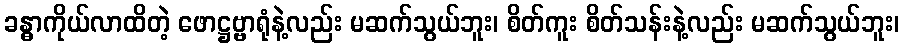
ခန္ဓာကိုယ်လာထိတဲ့ ဖောဋ္ဌဗ္ဗာရုံနဲ့လည်း မဆက်သွယ်ဘူး၊ စိတ်ကူး စိတ်သန်းနဲ့လည်း မဆက်သွယ်ဘူး၊